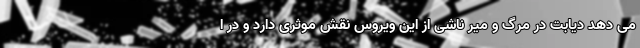
می دهد دیابت در مرگ و میر ناشی از این ویروس نقش موثری دارد و در ا